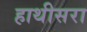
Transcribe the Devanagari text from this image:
हाथीसरा